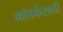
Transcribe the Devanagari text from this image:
कोंडकेंसाठी